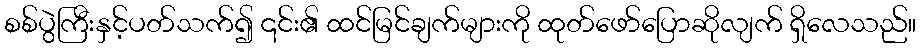
စစ်ပွဲကြီးနှင့်ပတ်သက်၍ ၎င်း၏ ထင်မြင်ချက်များကို ထုတ်ဖော်ပြောဆိုလျက် ရှိလေသည်။